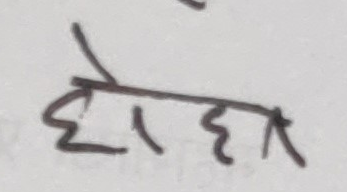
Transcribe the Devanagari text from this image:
होहा